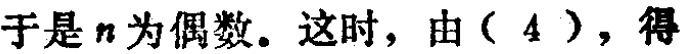
于是 \(n\) 为偶数. 这时，由（4），得